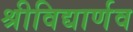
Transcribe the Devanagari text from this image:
श्रीविद्यार्णव